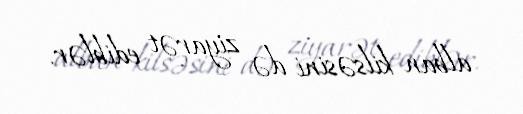
alban kilsəsini də ziyarət ediblər.